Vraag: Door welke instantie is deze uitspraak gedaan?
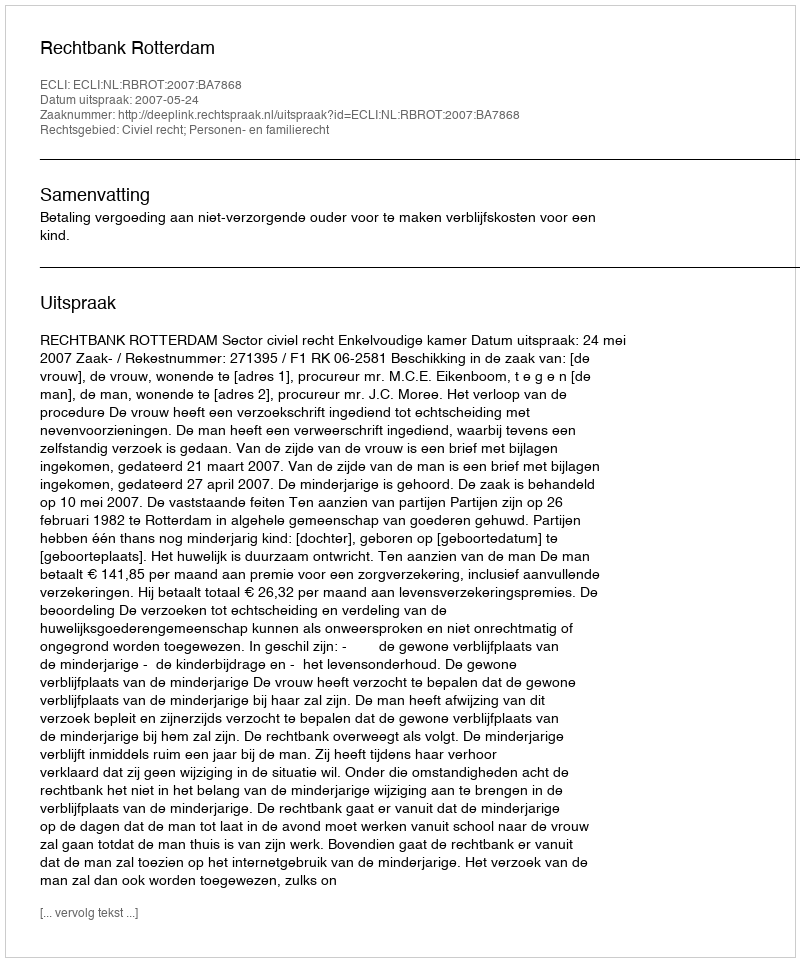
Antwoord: Rechtbank Rotterdam